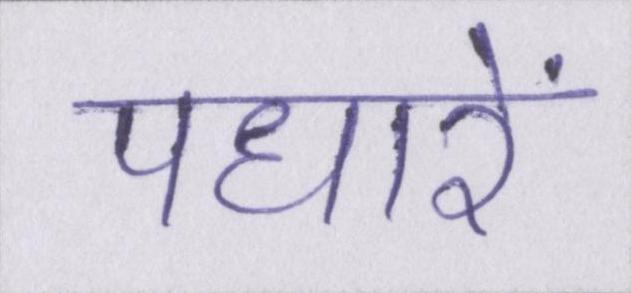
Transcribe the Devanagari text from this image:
पधारें